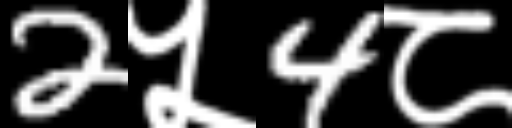
Text: 2५4८